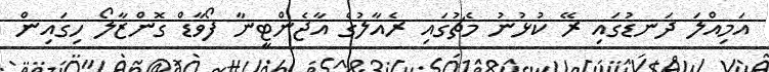
އަމިއްލަ ދަނޑުގައި ރޭ ކުޅުނު މެޗުގައި ރެއާލުގެ އާޖެންޓީނާ ފޯވާޑް ގޮންޒާލޯ ހިގައިން